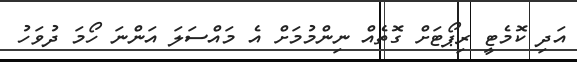
އަދި ކޮމެޓީ ރިޕޯޓަށް ގޮތެއް ނިންމުމަށް އެ މައްސަލަ އަންނަ ހޯމަ ދުވަހު